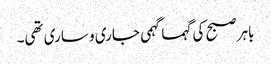
باہر صبح کی گہما گہمی جاری و ساری تھی۔